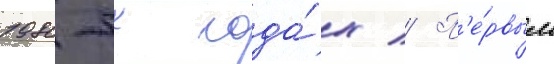
1980-х года́х // П'е́рвым